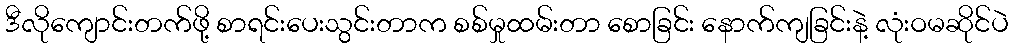
ဒီလိုကျောင်းတက်ဖို့ စာရင်းပေးသွင်းတာက စစ်မှုထမ်းတာ စောခြင်း နောက်ကျခြင်းနဲ့ လုံးဝမဆိုင်ပဲ